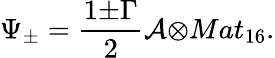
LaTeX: {\Psi}_{\pm}=\frac{1{\pm}{\Gamma}}{2}{\cal A}{\otimes}Mat_{16}.